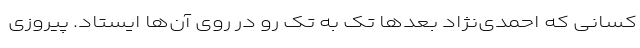
کسانی که احمدی‌نژاد بعدها تک به تک رو در روی آن‌ها ایستاد. پیروزی